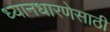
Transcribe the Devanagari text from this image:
ध्यानधारणेसाठी